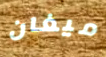
ميغان